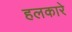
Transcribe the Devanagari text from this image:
हलकारे